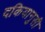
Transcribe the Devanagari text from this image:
दकियानुसी